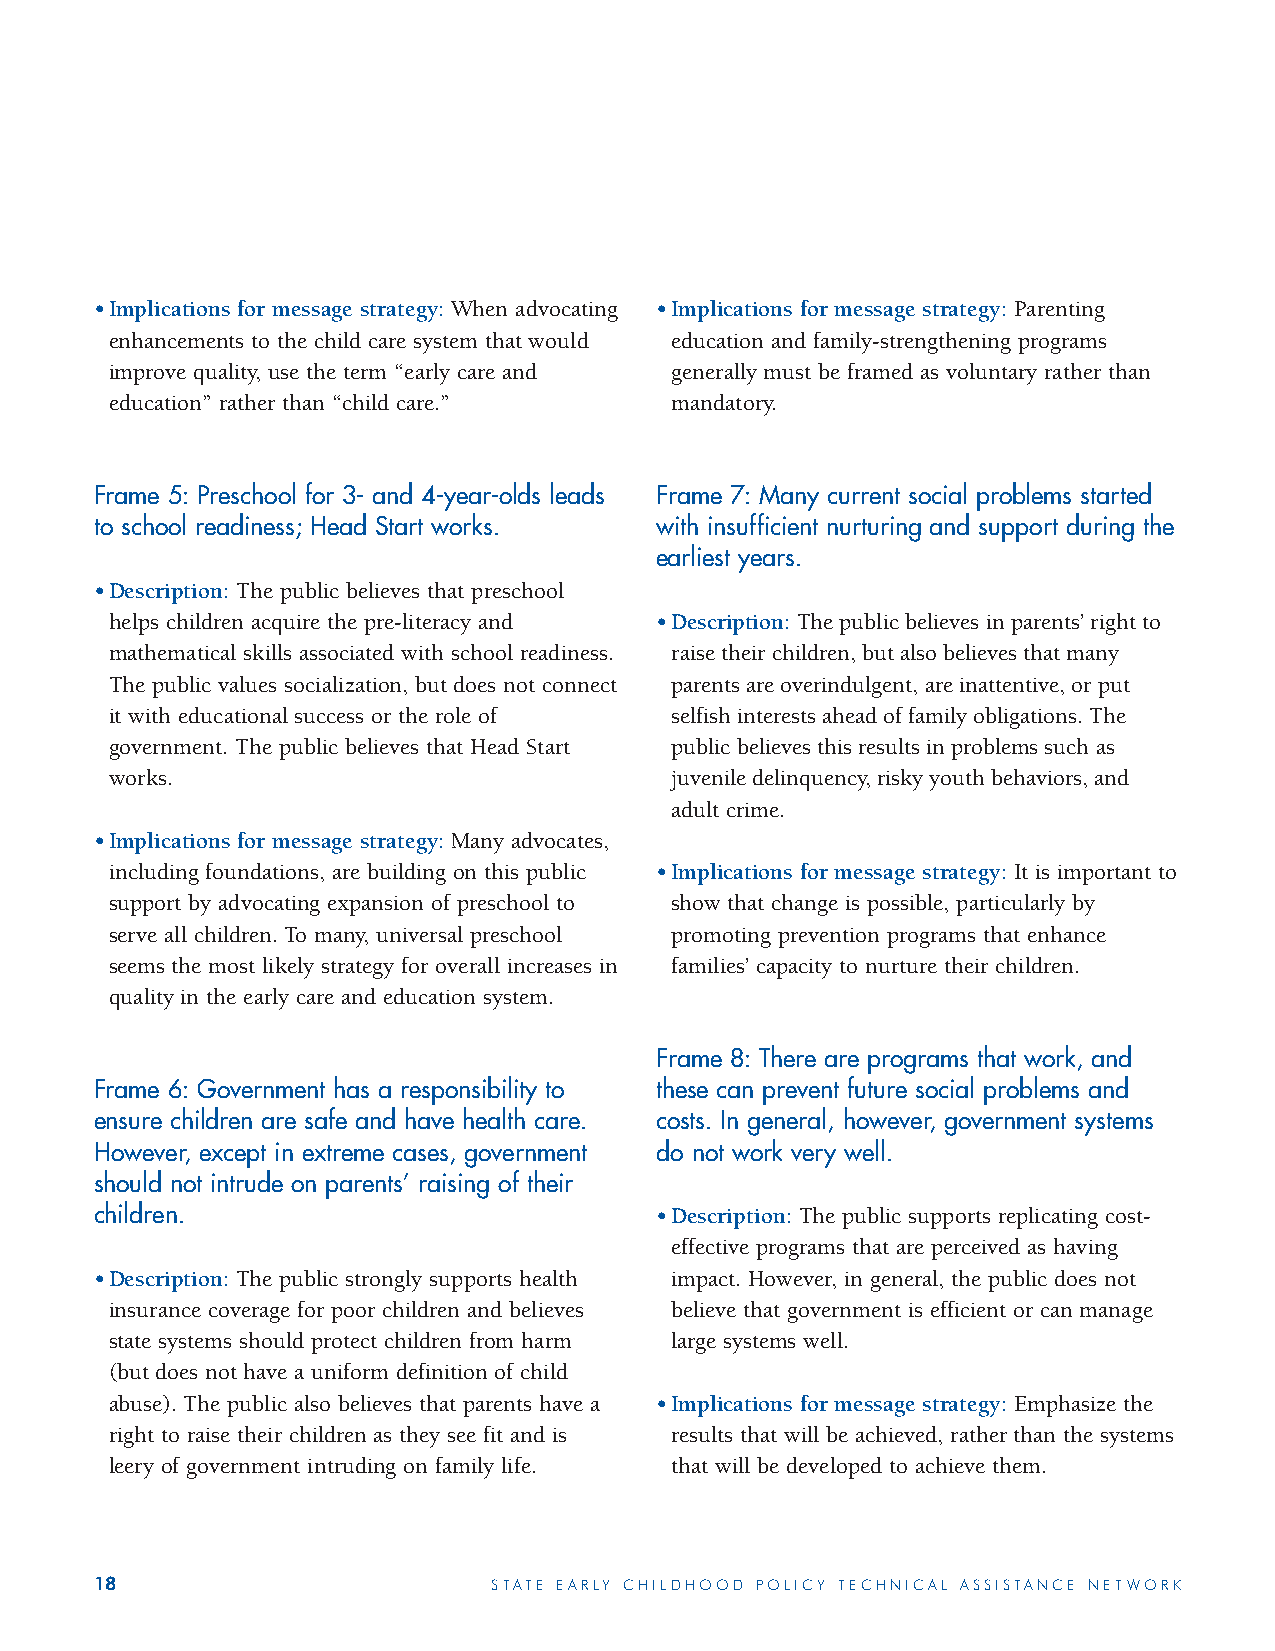
•Implications for message strategy: When advocating •Implications for message strategy: Parenting
 enhancements to the child care system that would education and family-strengthening programs
 improve quality, use the term “early care and generally must be framed as voluntary rather than
 education” rather than “child care.” mandatory.
 Frame 5: Preschool for 3- and 4-year-olds leads Frame 7: Many current social problems started
 to school readiness; Head Start works. with insufficient nurturing and support during the
 earliest years.
 •Description: The public believes that preschool
 helps children acquire the pre-literacy and •Description: The public believes in parents’ right to
 mathematical skills associated with school readiness. raise their children, but also believes that many
 The public values socialization, but does not connect parents are overindulgent, are inattentive, or put
 it with educational success or the role of selfish interests ahead of family obligations. The
 government. The public believes that Head Start public believes this results in problems such as
 works.                               juvenile delinquency, risky youth behaviors, and
 adult crime.
 •Implications for message strategy: Many advocates,
 including foundations, are building on this public •Implications for message strategy: It is important to
 support by advocating expansion of preschool to show that change is possible, particularly by
 serve all children. To many, universal preschool promoting prevention programs that enhance
 seems the most likely strategy for overall increases in families’ capacity to nurture their children.
 quality in the early care and education system.
 Frame 8: There are programs that work, and
 Frame 6: Government has a responsibility to these can prevent future social problems and
 ensure children are safe and have health care. costs. In general, however, government systems
 However, except in extreme cases, government do not work very well.
 should not intrude on parents’ raising of their
 children.                            •Description: The public supports replicating cost-
 effective programs that are perceived as having
 •Description: The public strongly supports health impact. However, in general, the public does not
 insurance coverage for poor children and believes believe that government is efficient or can manage
 state systems should protect children from harm large systems well.
 (but does not have a uniform definition of child
 abuse). The public also believes that parents have a •Implications for message strategy: Emphasize the
 right to raise their children as they see fit and is results that will be achieved, rather than the systems
 leery of government intruding on family life. that will be developed to achieve them.
 18                         STATE EARLY CHILDHOOD POLICY TECHNICAL ASSISTANCE NETWORK